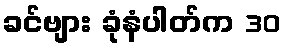
ခင်ဗျား ခုံနံပါတ်က 30